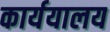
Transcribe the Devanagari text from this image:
कार्ययालय